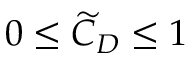
0 \le \widetilde { C } _ { D } \le 1